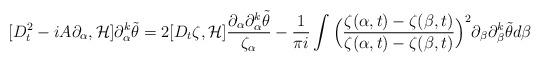
LaTeX: \begin{align*}[D_t^2-iA\partial_{\alpha},\mathcal{H}]\partial_{\alpha}^k\tilde{\theta}=2[D_t\zeta,\mathcal{H}]\frac{\partial_{\alpha}\partial_{\alpha}^k\tilde{\theta}}{\zeta_{\alpha}}-\frac{1}{\pi i}\int \Big(\frac{\zeta(\alpha,t)-\zeta(\beta,t)}{\zeta(\alpha,t)-\zeta(\beta,t)}\Big)^2 \partial_{\beta} \partial_{\beta}^k \tilde{\theta} d\beta\end{align*}